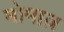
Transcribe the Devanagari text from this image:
मोमाज़